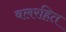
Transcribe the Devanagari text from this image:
बलरहित